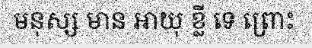
មនុស្ស មាន អាយុ ខ្លី ទេ ព្រោះ